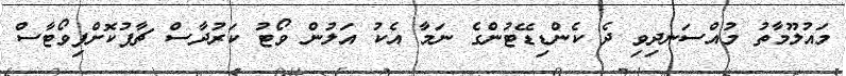
މައުލޫމާތު މުއްސަނދިވި ދެ ކެންޑިޑޭޓުންގެ ނަމާ އެކު އަލުން ވޯޓު ކަރުދާސް ޗާޕުކޮށްފިވޯޓާސް